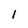
Character: I